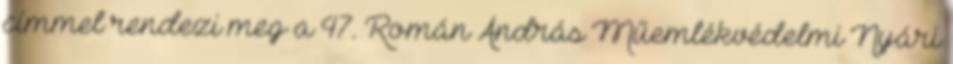
címmel rendezi meg a 47. Román András Műemlékvédelmi Nyári